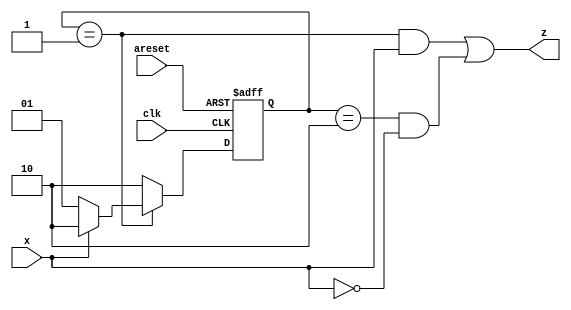
module top_module (
    input clk,
    input areset,
    input x,
    output reg z
); 

    reg [1:0] state, next_state;
    always @(*) begin
        if (state == 1 << 0) begin
            if (x) begin
                next_state <= 1 << 1;
                // z <= 1;
            end
            else begin
                next_state <= 1 << 0;
                // z <= 0;
            end
        end
        else begin
            if (x) begin
                next_state <= 1 << 1;
                // z <= 0;
            end
            else begin
                next_state <= 1 << 1;
                // z <= 1;
            end
        end
    end
    
    always @(posedge clk, posedge areset) begin
        if (areset) begin
            state <= 1 << 0;
        end
        else begin
            state <= next_state;
        end
    end
    
    assign z = (state == 1) & (x == 1) | (state == 2) & (x == 0);
    
endmodule